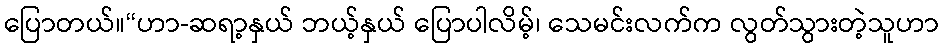
ပြောတယ်။“ဟာ-ဆရာ့နှယ် ဘယ့်နှယ် ပြောပါလိမ့်၊ သေမင်းလက်က လွတ်သွားတဲ့သူဟာ